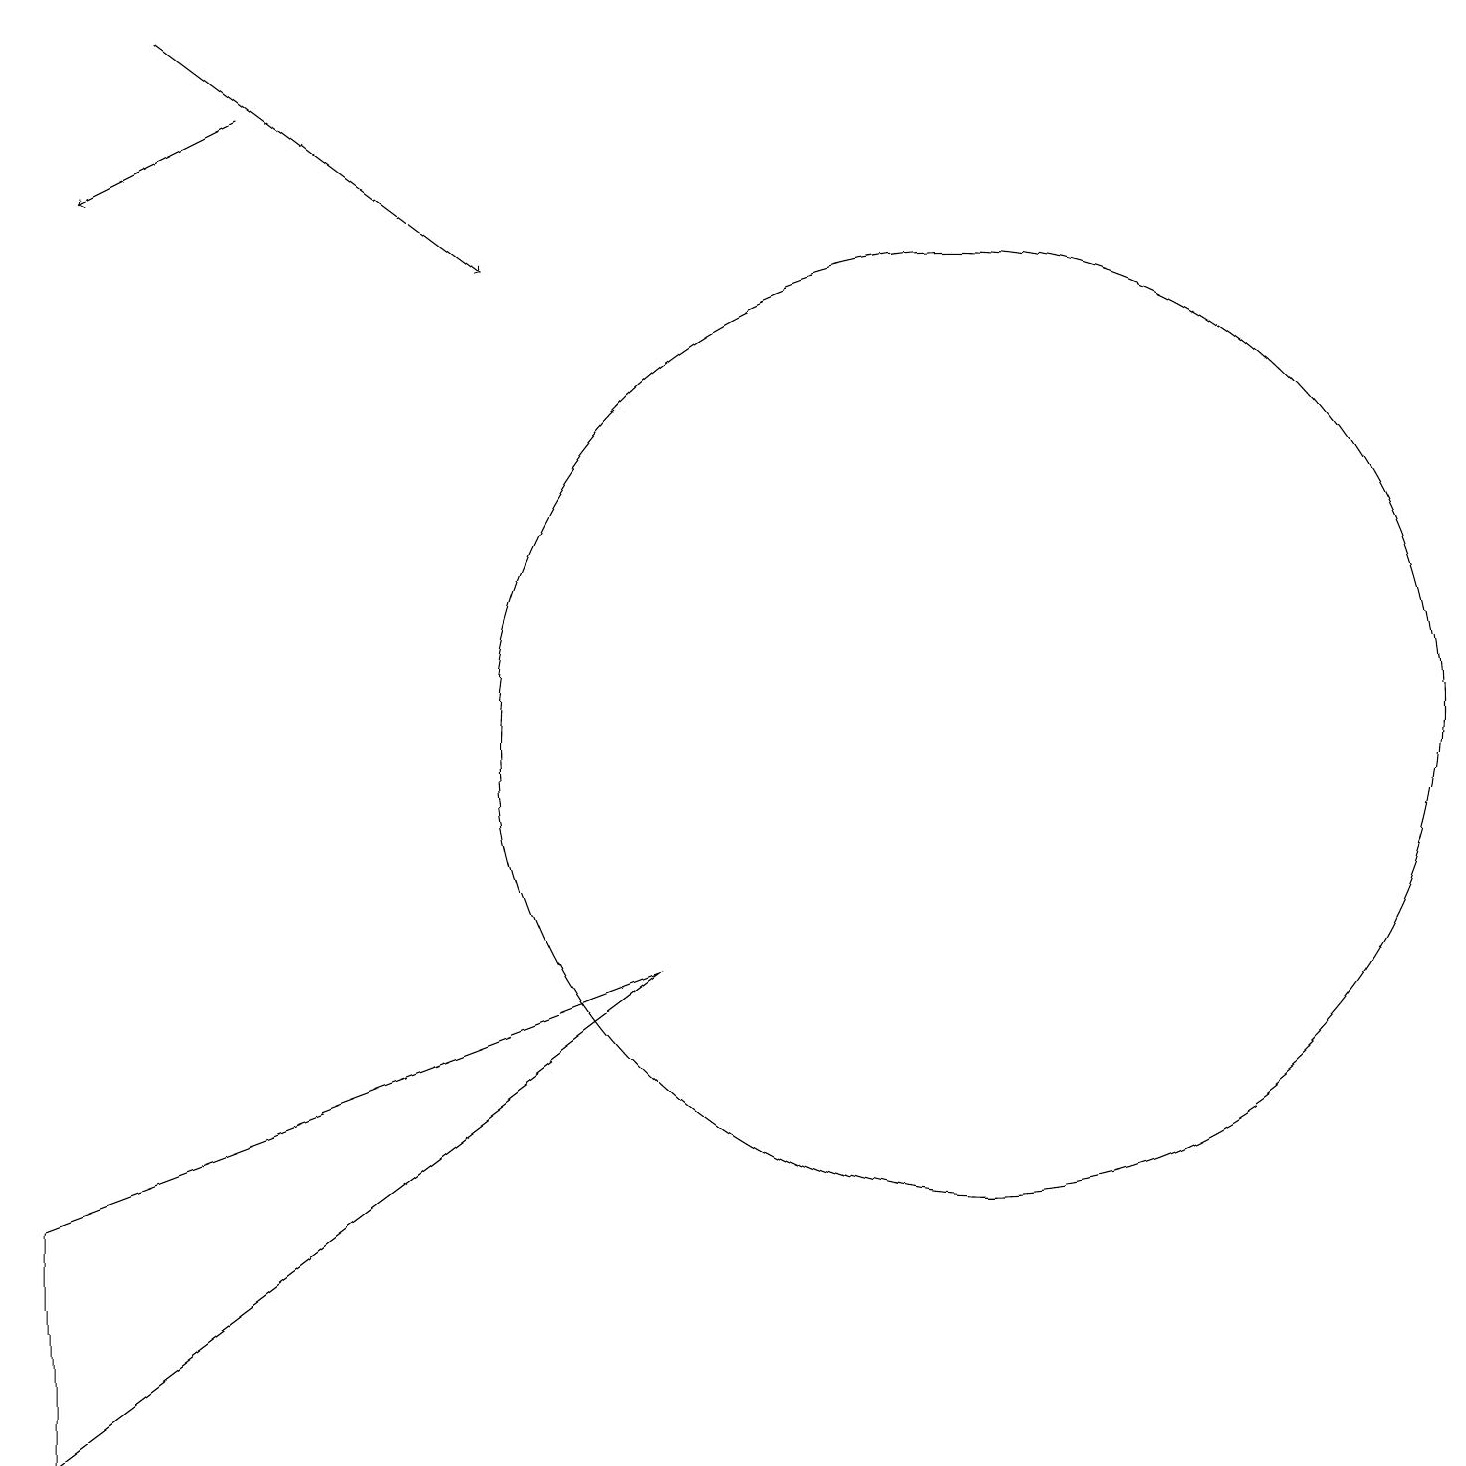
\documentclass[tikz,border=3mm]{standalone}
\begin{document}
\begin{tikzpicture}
\draw[->] (2,19) -- (6,16);
\draw (0,1) -- (8,7) -- (0,4) -- cycle;
\draw (12,10) circle (6);
\draw[->] (3,18) -- (1,17);
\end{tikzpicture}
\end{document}